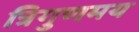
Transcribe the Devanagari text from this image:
त्रिगुणमय